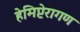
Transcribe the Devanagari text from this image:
हेमिप्टेरागण